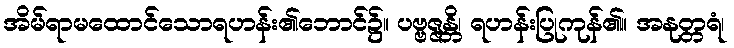
အိမ်ရာမထောင်သောရဟန်း၏ဘောင်၌။ ပဗ္ဗဇ္ဇန္တိ၊ ရဟန်းပြုကုန်၏။ အနုတ္တရံ၊